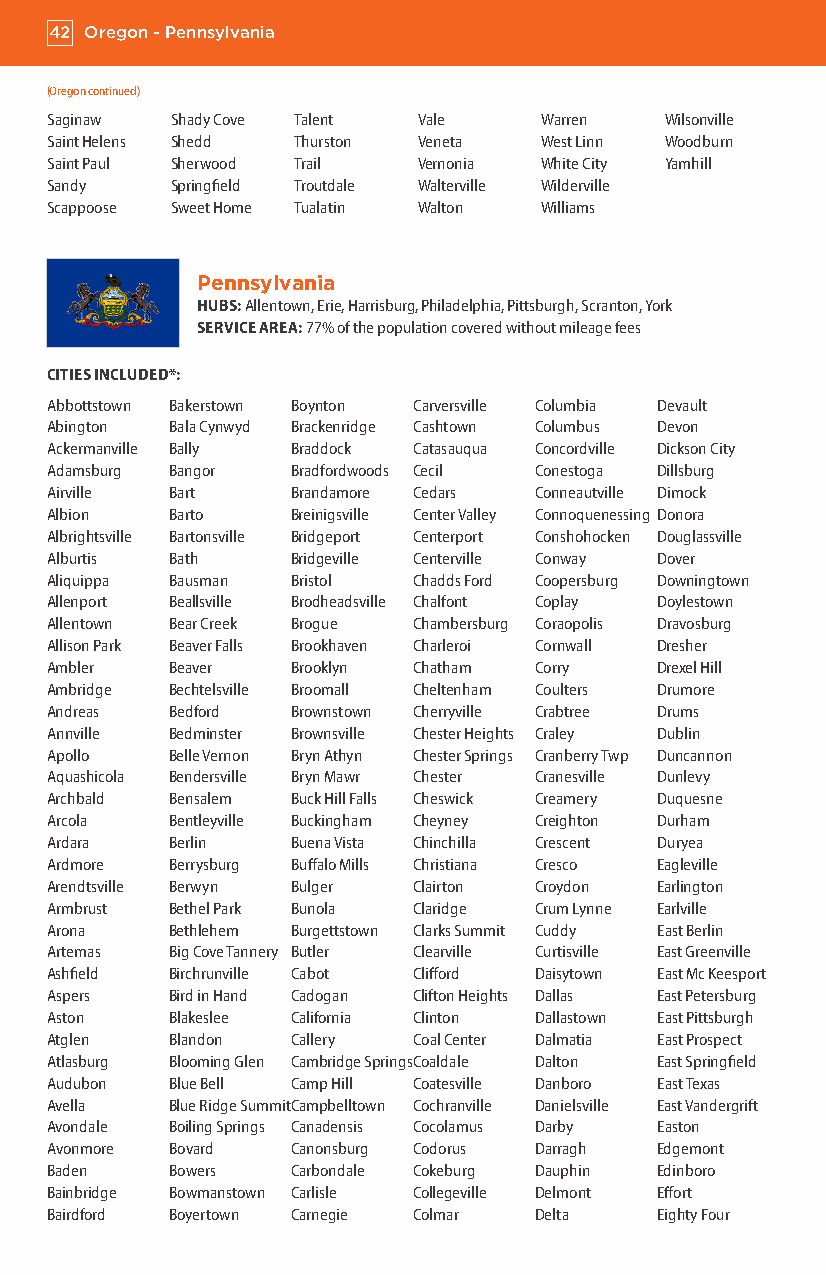
42 Oregon - Pennsylvania
 (Oregon continued)
 Saginaw Shady Cove Talent Vale   Warren  Wilsonville
 Saint Helens Shedd Thurston Veneta West Linn Woodburn
 Saint Paul Sherwood Trail Vernonia White City Yamhill
 Sandy   Springfield Troutdale Walterville Wilderville
 Scappoose Sweet Home Tualatin Walton Williams
 Pennsylvania
 HUBS: Allentown, Erie, Harrisburg, Philadelphia, Pittsburgh, Scranton, York
 SERVICE AREA: 77% of the population covered without mileage fees
 CITIES INCLUDED*:
 Abbottstown Bakerstown Boynton Carversville Columbia Devault
 Abington Bala Cynwyd Brackenridge Cashtown Columbus Devon
 Ackermanville Bally Braddock Catasauqua Concordville Dickson City
 Adamsburg Bangor Bradfordwoods Cecil Conestoga Dillsburg
 Airville Bart   Brandamore Cedars Conneautville Dimock
 Albion  Barto   Breinigsville Center Valley Connoquenessing Donora
 Albrightsville Bartonsville Bridgeport Centerport Conshohocken Douglassville
 Alburtis Bath   Bridgeville Centerville Conway Dover
 Aliquippa Bausman Bristol Chadds Ford Coopersburg Downingtown
 Allenport Beallsville Brodheadsville Chalfont Coplay Doylestown
 Allentown Bear Creek Brogue Chambersburg Coraopolis Dravosburg
 Allison Park Beaver Falls Brookhaven Charleroi Cornwall Dresher
 Ambler  Beaver  Brooklyn Chatham Corry  Drexel Hill
 Ambridge Bechtelsville Broomall Cheltenham Coulters Drumore
 Andreas Bedford Brownstown Cherryville Crabtree Drums
 Annville Bedminster Brownsville Chester Heights Craley Dublin
 Apollo  Belle Vernon Bryn Athyn Chester Springs Cranberry Twp Duncannon
 Aquashicola Bendersville Bryn Mawr Chester Cranesville Dunlevy
 Archbald Bensalem Buck Hill Falls Cheswick Creamery Duquesne
 Arcola  Bentleyville Buckingham Cheyney Creighton Durham
 Ardara  Berlin  Buena Vista Chinchilla Crescent Duryea
 Ardmore Berrysburg Buffalo Mills Christiana Cresco Eagleville
 Arendtsville Berwyn Bulger Clairton Croydon Earlington
 Armbrust Bethel Park Bunola Claridge Crum Lynne Earlville
 Arona   Bethlehem Burgettstown Clarks Summit Cuddy East Berlin
 Artemas Big Cove Tannery Butler Clearville Curtisville East Greenville
 Ashfield Birchrunville Cabot Clifford Daisytown East Mc Keesport
 Aspers  Bird in Hand Cadogan Clifton Heights Dallas East Petersburg
 Aston   Blakeslee California Clinton Dallastown East Pittsburgh
 Atglen  Blandon Callery Coal Center Dalmatia East Prospect
 Atlasburg Blooming Glen Cambridge Springs Coaldale Dalton East Springfield
 Audubon Blue Bell Camp Hill Coatesville Danboro East Texas
 Avella  Blue Ridge Summit Campbelltown Cochranville Danielsville East Vandergrift
 Avondale Boiling Springs Canadensis Cocolamus Darby Easton
 Avonmore Bovard Canonsburg Codorus Darragh Edgemont
 Baden   Bowers  Carbondale Cokeburg Dauphin Edinboro
 Bainbridge Bowmanstown Carlisle Collegeville Delmont Effort
 Bairdford Boyertown Carnegie Colmar Delta Eighty Four